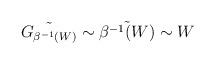
LaTeX: \begin{align*}\tilde{G_{\beta^{-1}(W)}}\sim\tilde{\beta^{-1}(W)}\sim W\end{align*}